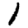
Digit: 1